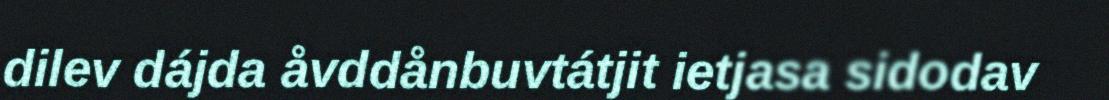
dilev dájda åvddånbuvtátjit ietjasa sidodav